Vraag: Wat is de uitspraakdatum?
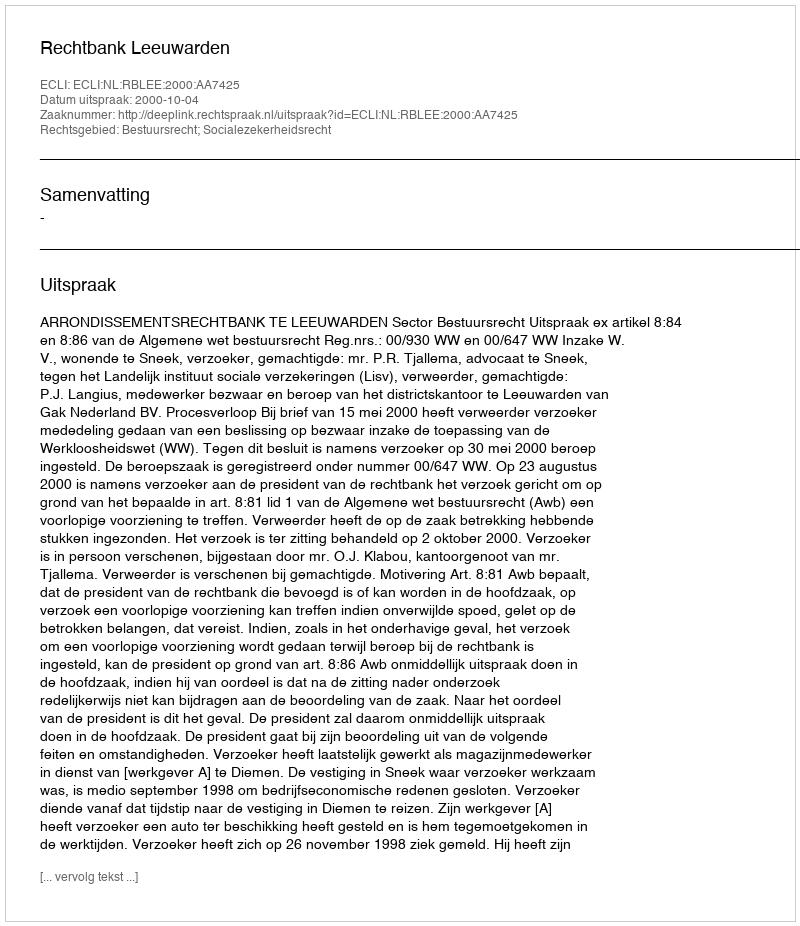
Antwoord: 2000-10-04